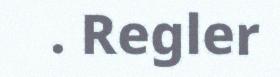
. Regler